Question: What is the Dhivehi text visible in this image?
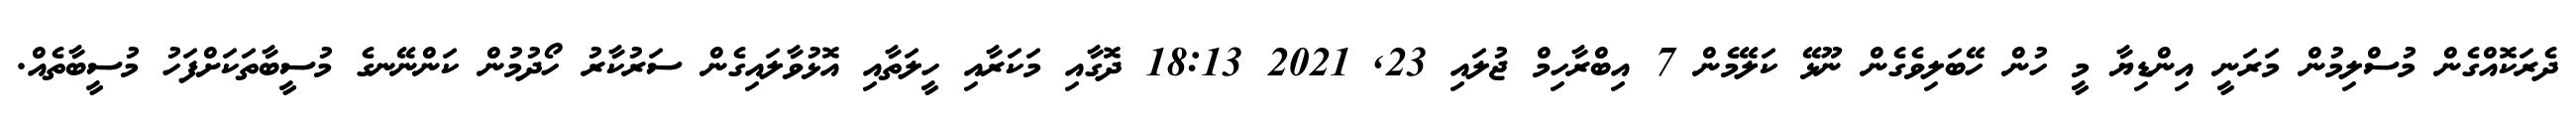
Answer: ދެރަކޮއްގެން މުސްލިމުން މަރަނީ އިންޑިޔާ މީ ހުން ހޭބަލިވެގެން ނޫޅޭ ކަލޭމެން 7 އިބްރާހިމް ޖުލައި 23, 2021 18:13 ދޮގާއި މަކަރާއި ހީލަތާއި އޮޅުވާލައިގެން ސަރުކާރު ހޯދުމުން ކަންނޭނގެ މުސީބާތަކަށްފަހު މުސީބާތެއް.